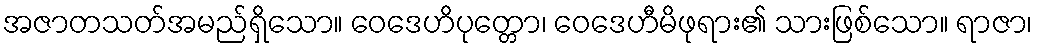
အဇာတသတ်အမည်ရှိသော။ ဝေဒေဟိပုတ္တော၊ ဝေဒေဟီမိဖုရား၏ သားဖြစ်သော။ ရာဇာ၊